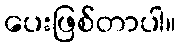
ပေးဖြစ်တာပါ။